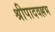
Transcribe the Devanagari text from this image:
श्रीपादवल्लभ